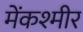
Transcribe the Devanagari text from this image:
मेंकश्मीर